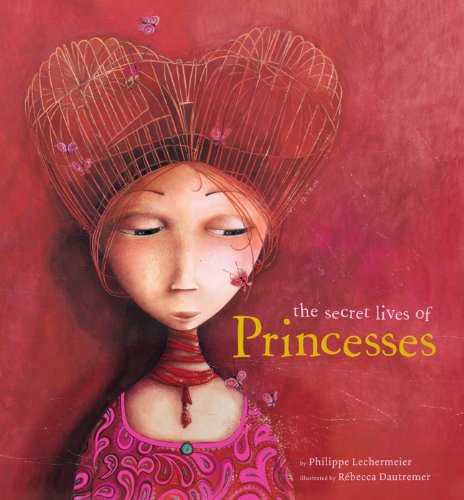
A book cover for The Secret Lives of Princesses; Philippe Lechermeier; Children's Books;